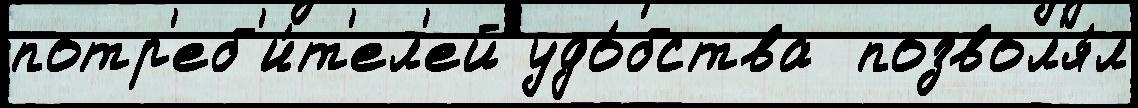
потр'еб'и́т'ел'ей удо́бства  позвол'я́л